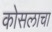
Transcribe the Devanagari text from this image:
कोसलाचा